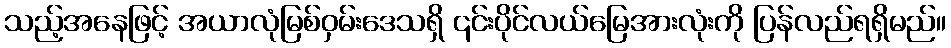
သည့်အနေဖြင့် အယာလုံမြစ်ဝှမ်းဒေသရှိ ၎င်းပိုင်လယ်မြေအားလုံးကို ပြန်လည်ရရှိမည်။